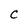
Character: C